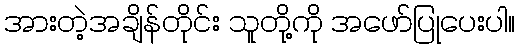
အားတဲ့အချိန်တိုင်း သူတို့ကို အဖော်ပြုပေးပါ။